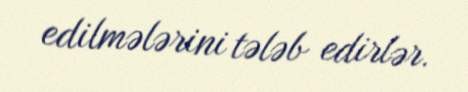
edilmələrini tələb edirlər.